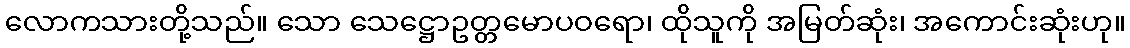
လောကသားတို့သည်။ သော သေဋ္ဌောဥတ္တမောပဝရော၊ ထိုသူကို အမြတ်ဆုံး၊ အကောင်းဆုံးဟု။